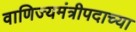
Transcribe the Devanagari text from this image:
वाणिज्यमंत्रीपदाच्या